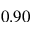
0 . 9 0